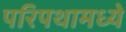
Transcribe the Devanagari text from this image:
परिपथामध्ये